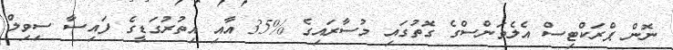
ނޮން ޕްރަކްޓިސް އެލެވަންސްގެ ގޮތުގައި މުސާރައިގެ %35 އާއި އިތުރުގަޑީގެ ފައިސާ ސިވިލް